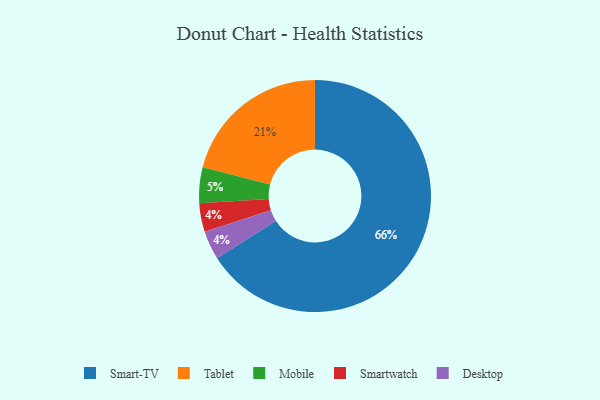
{"axis": {"x": "Category", "y": "Percentage"}, "legend": ["Desktop", "Mobile", "Smart-TV", "Smartwatch", "Tablet"], "data": [{"x": "Smartwatch", "y": 4, "type": "Smartwatch"}, {"x": "Tablet", "y": 21, "type": "Tablet"}, {"x": "Mobile", "y": 5, "type": "Mobile"}, {"x": "Desktop", "y": 4, "type": "Desktop"}, {"x": "Smart-TV", "y": 66, "type": "Smart-TV"}]}